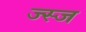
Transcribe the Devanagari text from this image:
ज्स्ज